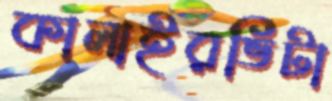
কালাইরভিটা